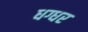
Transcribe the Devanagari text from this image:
धग्धर